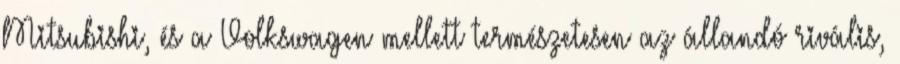
Mitsubishi, és a Volkswagen mellett természetesen az állandó rivális,